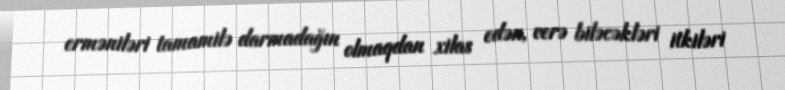
erməniləri tamamilə darmadağın olmaqdan xilas edən, verə biləcəkləri itkiləri